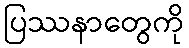
ပြဿနာတွေကို